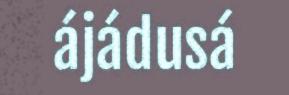
ájádusá